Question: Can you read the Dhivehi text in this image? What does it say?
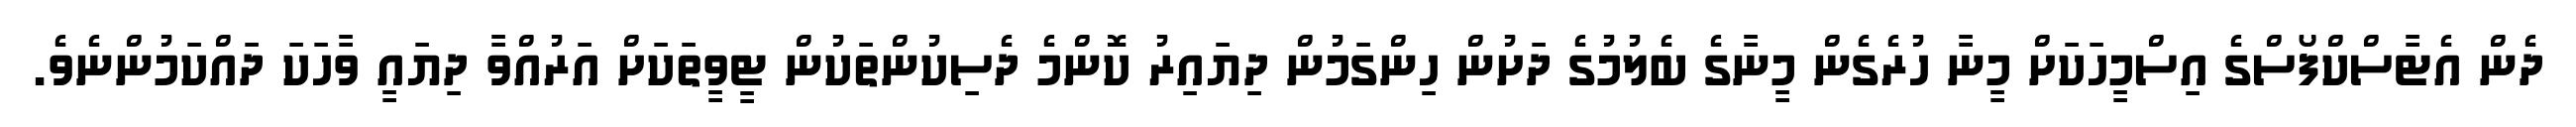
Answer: ދެން އެޓާސްކްފޯސްގެ އިސްމީހަކަށް މީނާ ހުރެގެން މީނާގެ ބެލުމުގެ ދަށުން ހިންގަމުން ދިޔައިރު ކޮންމެ ދެސިކުންތަކުން ޓީވީތަކަށް އަރުއްވާ ދިޔައީ ވާހަކަ ދައްކަމުންނެވެ.